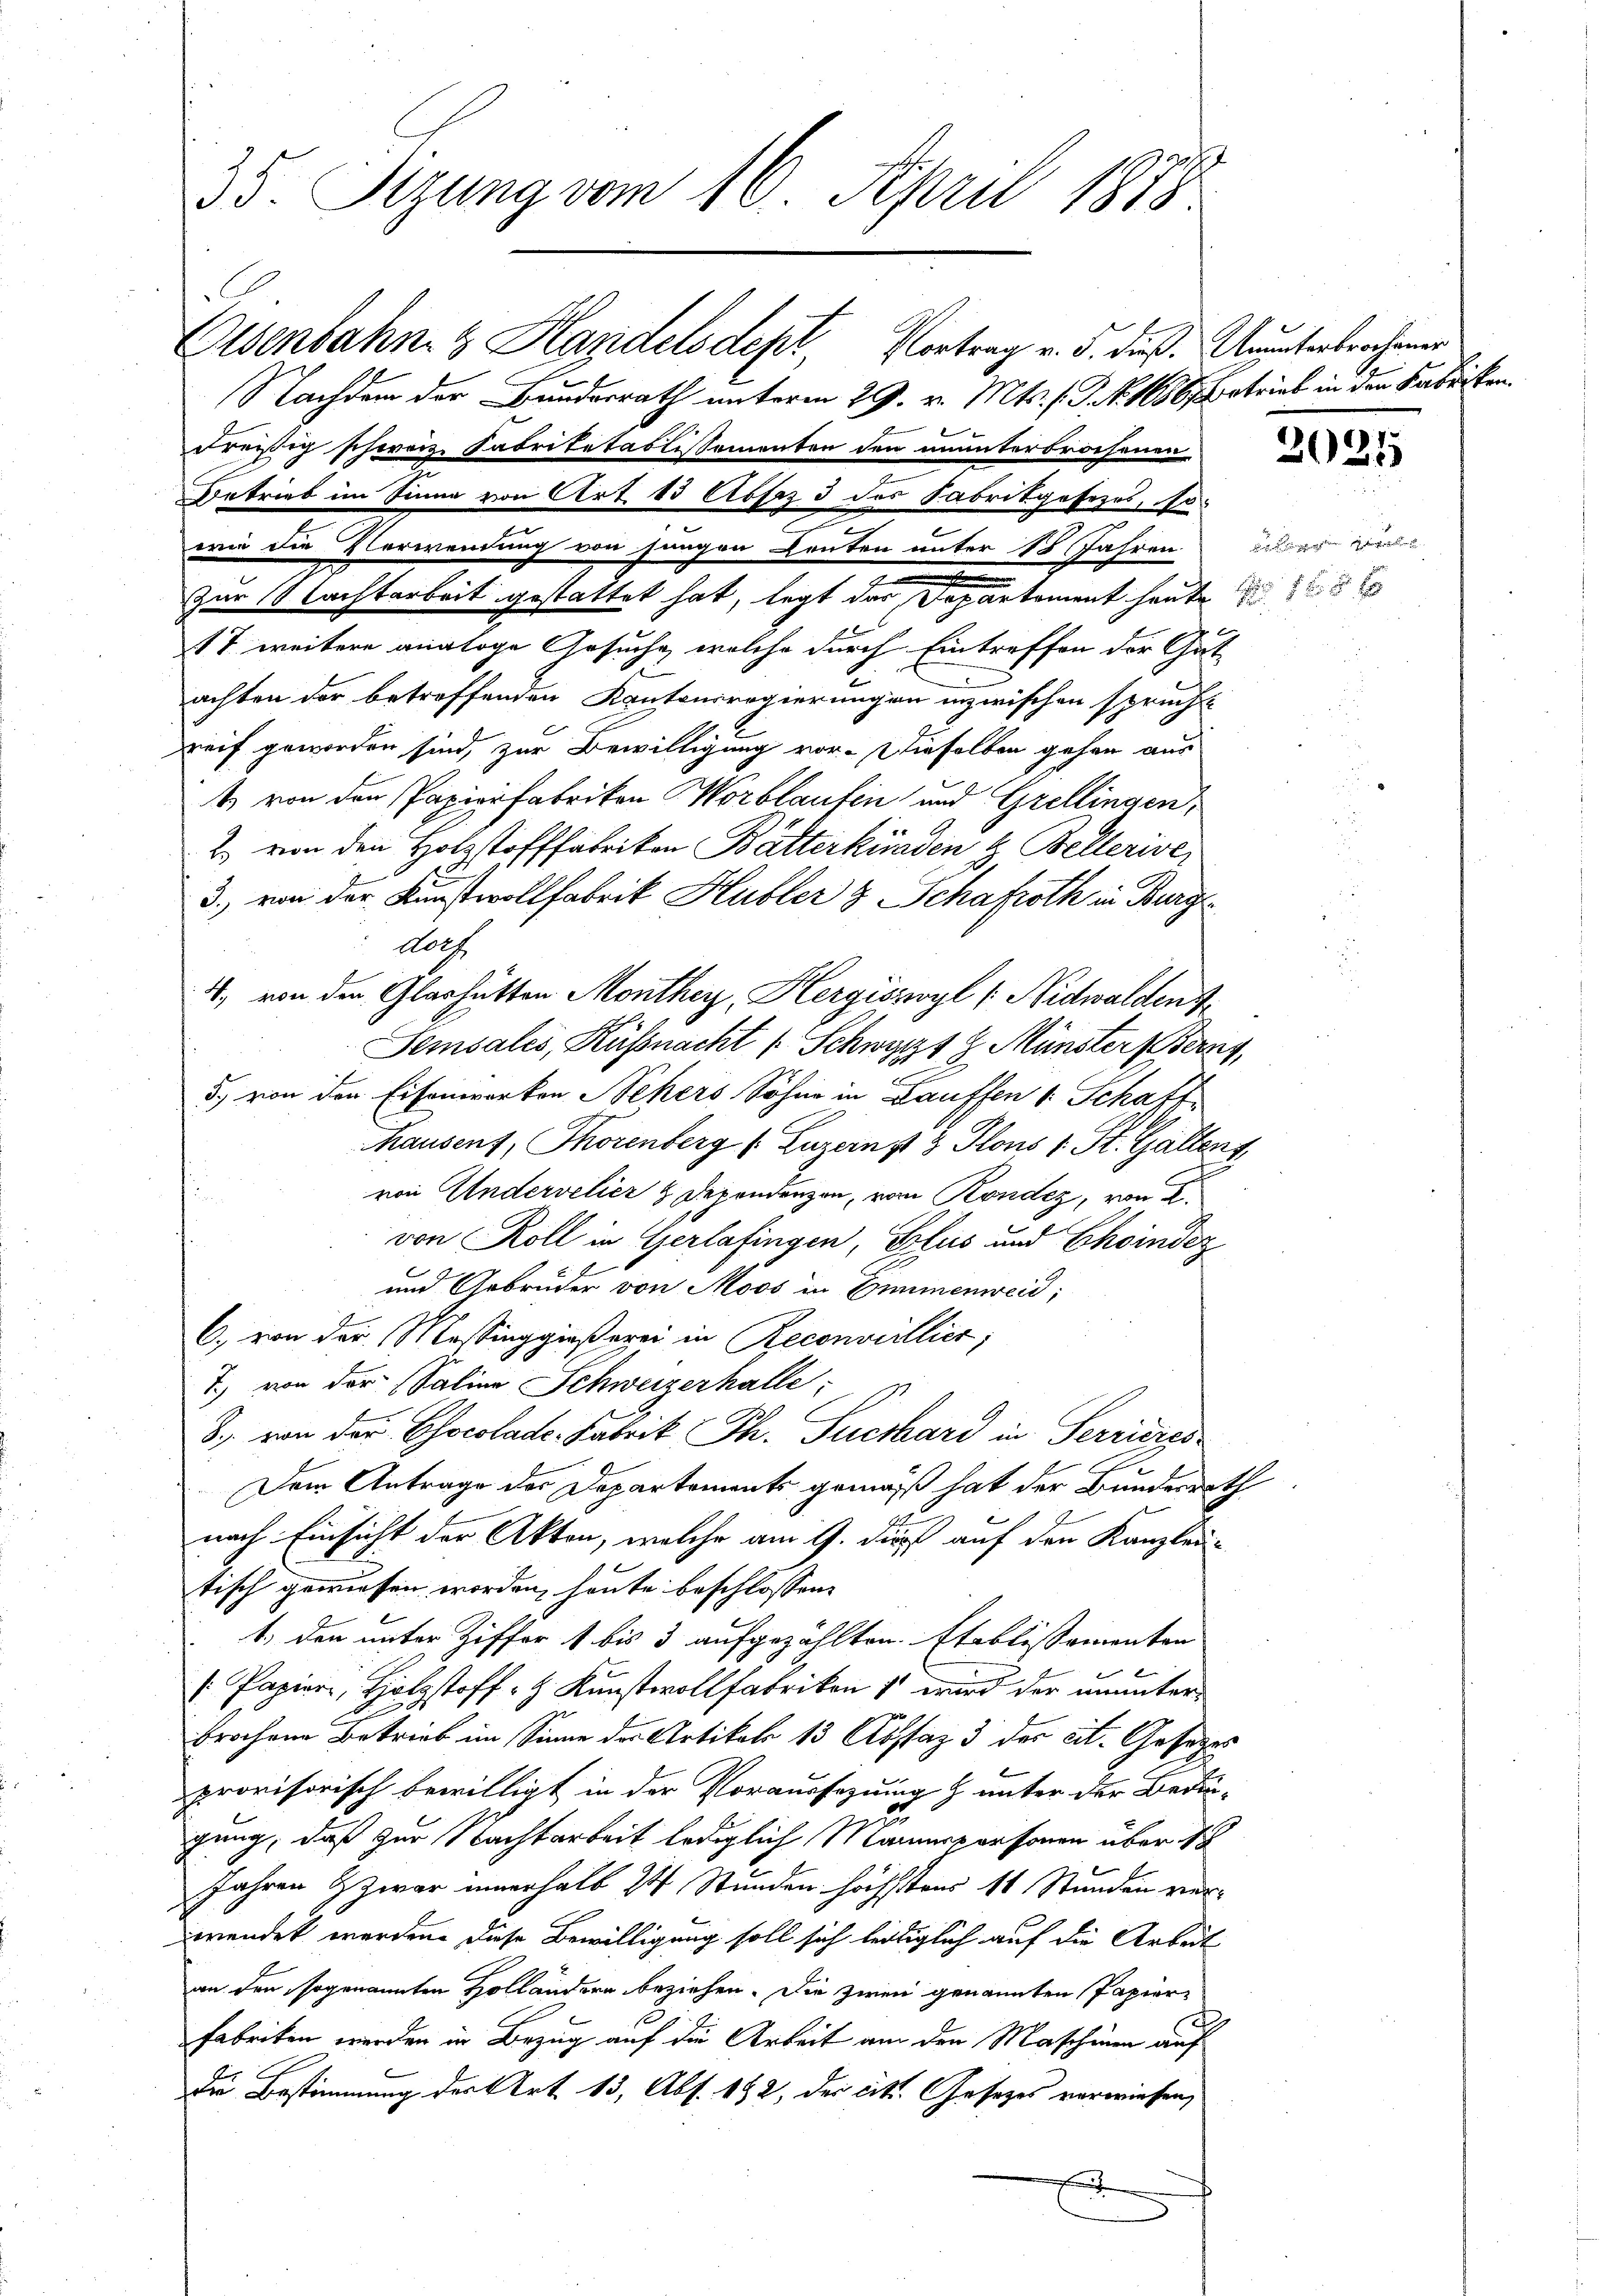
35. Sizung vom 16. April 1878.

Nachdem der Bundesrath unterm 29. v. Mts. s. S. Nr. 1686 betrieb in den Fabriken
dreißig schweiz Sabritatastissementen den ununterbrochenen
17 weitere analoge Gesuche, welche durch Eintreffen der Gut
achten der betreffenden Kantonsregierungen inzwischen sprech-
reif geworden sind, zur Bewilligung vor. Dieselben gehen aus
4. von den Papierfabriken Worblaufen und Grellingen,
2. von den Holzstofffabriken Balterkunden & Belleriver
3. von der Kunstwollfabrik Hubler & Schafroth in Frage
Aath
4. von den Glashütten Montherz, Hergisswyl (Nidwaldent
Semsales, Küßnacht (Schwarzt J. Münster Berny,
5.) von den Eisenwarten Sehers Sohne in Lauffen v. Schaft
hausent, Thorenberg (Luzerns 3 Stons 1 St. Gallens,
von Andervelier & Dependenzen, vom Kondiz, von 2.
von Roll in Gerlafingen, Glus und Choinder
und Gebrüder von Moos in Zimmenweid;
C. von der Massinggießerei in Reconvillier;
7.) von der Saline Schweizerhalle;
8. von der Chocolade. Fabrik Th. Sucshard in Serrieres
Dem Antrage des Departements gemäß hat der Bundesrath
nach Einsicht der Akten, welche am 9. dieß auf den Kanzleu-
tisch gewiesen worden, heute beschlossen:
1., den unter Ziffer 1 bis 3 aufgezählten Etablissamenten
 Papier, Holzstoff z. Kunstvollfabrikon 1 wird der ununterbrochen Betrieb im Sinne der Artikale 13 Abstaz 3 des cit. Gesetzes
provisorisch bewilligt in der Voraussezung & unter der Bedin-
gung, daß zur Nachtarbeit lediglich Mannspersonen über sic
Jahren & zwar innerhalb 24 Stunden höchstens 11 Stunden ver-
wendet werden. Diese Bewilligung soll sich leidiglich auf die Arbeit
an den sogenannten Holländern beziehen. Die zwei genannten Papier-
Fabriken werden in Bezug auf die Arbeit am den Maschinen auf
die Bestimmung der Art. 13, Abs. 182, der cit. Gesetzes verwiesen,
f

Betrieb im Sinne von Art. 13 Absez 3 des Fabrikgesezes, sowie die Verwendung von sangen Leuten unter 18 Jahren. Aber wie
zur Nachtarbeit gestattet hat, legt der Departement heute

Eisenbahn & Handelsdept, Vortrag v. 5. dieß. Unterbrochener

.
2020